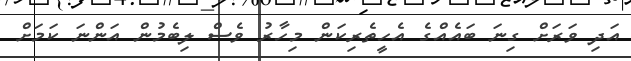
އަދި ވަރަށް ގިނަ ބައެއްގެ އެހީތެރިކަން މިހާރު ވެސް ލިބެމުން އަންނަ ކަމަށް